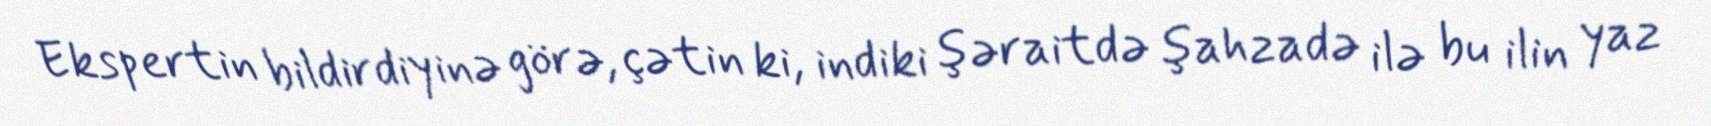
Ekspertin bildirdiyinə görə, çətin ki, indiki şəraitdə şahzadə ilə bu ilin yaz